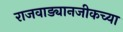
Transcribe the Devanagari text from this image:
राजवाड्यानजीकच्या